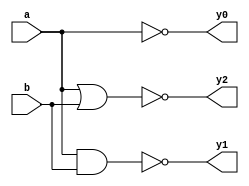
`timescale 1ns / 1ps


module gates(
    input a,b,
    output y0,y1,y2
    );
    assign y0= ~a;
    assign y1= ~(a&b);
    assign y2= ~(a|b);
    
endmodule